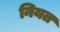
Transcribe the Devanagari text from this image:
नियत